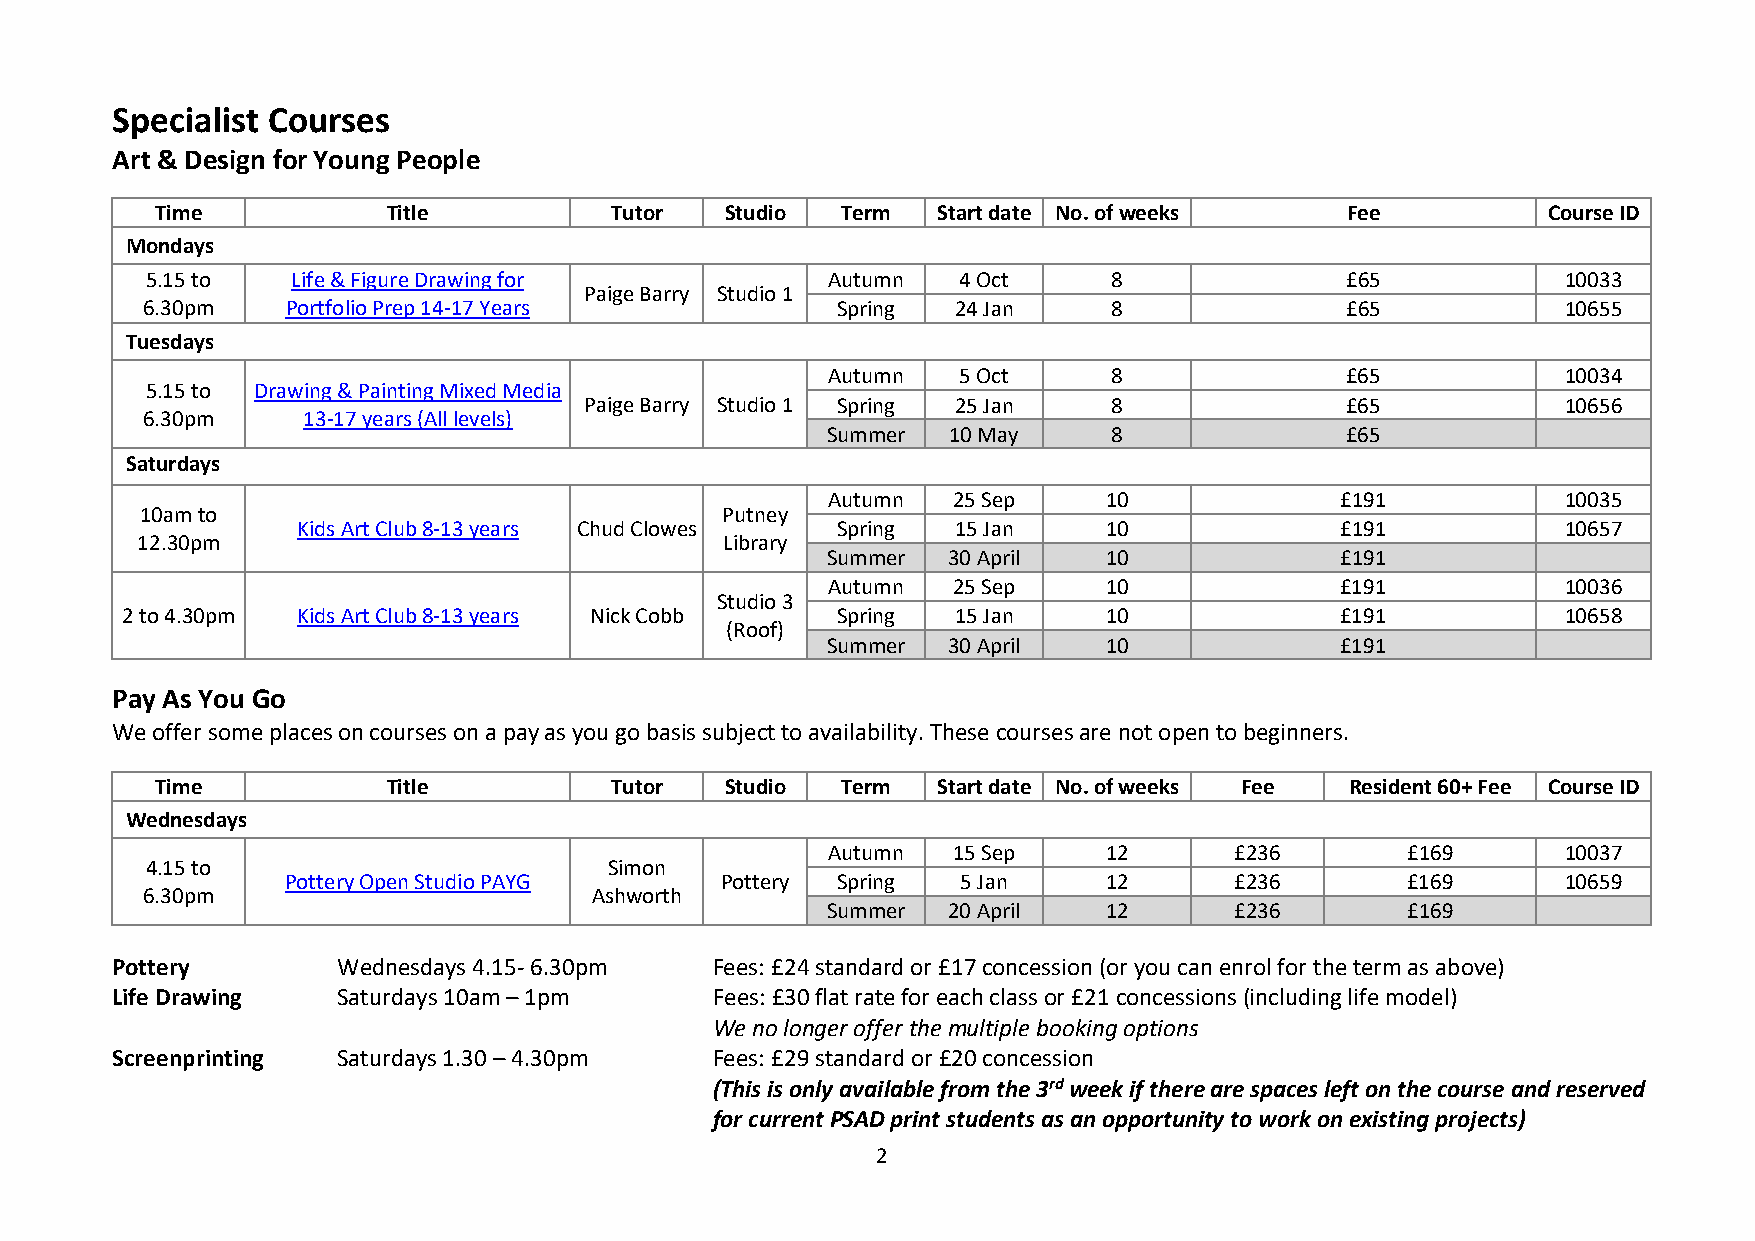
Specialist Courses
 Art & Design for Young People
 Time            Title         Tutor   Studio  Term  Start date No. of weeks    Fee          Course ID
 Mondays
 5.15 to  Life & Figure Drawing for           Autumn  4 Oct      8              £65            10033
 Paige Barry Studio 1
 6.30pm    Portfolio Prep 14-17 Years          Spring  24 Jan     8              £65            10655
 Tuesdays
 Autumn  5 Oct      8              £65            10034
 5.15 to Drawing & Painting Mixed Media
 Paige Barry Studio 1 Spring 25 Jan 8              £65            10656
 6.30pm     13-17 years (All levels)
 Summer  10 May     8              £65
 Saturdays
 Autumn  25 Sep    10              £191           10035
 10am to                                Putney
 Kids Art Club 8-13 years Chud Clowes Spring 15 Jan   10              £191           10657
 12.30pm                                Library
 Summer  30 April  10              £191
 Autumn  25 Sep    10              £191           10036
 Studio 3
 2 to 4.30pm Kids Art Club 8-13 years Nick Cobb Spring  15 Jan    10              £191           10658
 (Roof)
 Summer  30 April  10              £191
 Pay As You Go
 We offer some places on courses on a pay as you go basis subject to availability. These courses are not open to beginners.
 Time            Title         Tutor   Studio  Term  Start date No. of weeks Fee Resident 60+ Fee Course ID
 Wednesdays
 Autumn  15 Sep    12       £236       £169       10037
 4.15 to                       Simon
 Pottery Open Studio PAYG     Pottery Spring  5 Jan    12       £236       £169       10659
 6.30pm                        Ashworth
 Summer  20 April  12       £236       £169
 Pottery        Wednesdays 4.15- 6.30pm  Fees: £24 standard or £17 concession (or you can enrol for the term as above)
 Life Drawing   Saturdays 10am – 1pm     Fees: £30 flat rate for each class or £21 concessions (including life model)
 We no longer offer the multiple booking options
 Screenprinting Saturdays 1.30 – 4.30pm  Fees: £29 standard or £20 concession
 (This is only available from the 3rd week if there are spaces left on the course and reserved
 for current PSAD print students as an opportunity to work on existing projects)
 2